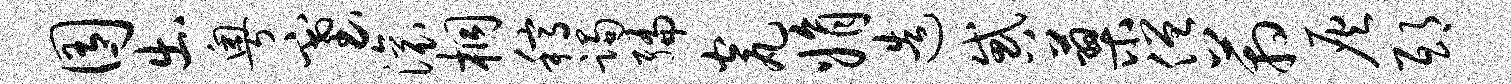
囿出粤塞滚桐稿躅编瓮娟造惑蓼僧箱灰邸